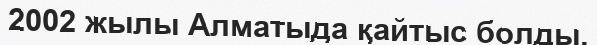
2002 жылы Алматыда қайтыс болды.